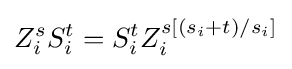
Z_{i}^{s}S_{i}^{t}=S_{i}^{t}Z_{i}^{s[(s_{i}+t)/s_{i}]}